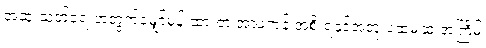
အဆုံးသတ်ရေးအတွက်မျှော်မှန်းထားတဲ့ အာဖကန် အစိုးရနှင့်အတူ ပထမဆုံးအကြိမ်